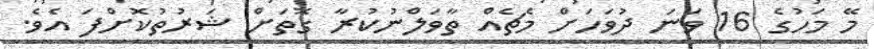
މޭ މަހުގެ 16 ވަނަ ދުވަހަށް މެޗެއް ތާވަލްނުކުރާ ގޮތަށް ޝަރުތުކޮށްފަ އެވެ.